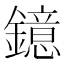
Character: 鐿